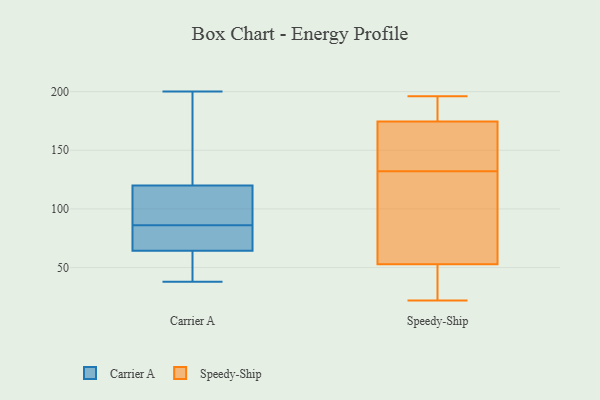
{"axis": {"x": "Population (Million)", "y": "Value"}, "legend": ["Carrier A", "Speedy-Ship"], "data": [{"x": "", "y": 111, "type": "Carrier A"}, {"x": "", "y": 58, "type": "Carrier A"}, {"x": "", "y": 81, "type": "Carrier A"}, {"x": "", "y": 101, "type": "Carrier A"}, {"x": "", "y": 76, "type": "Carrier A"}, {"x": "", "y": 66, "type": "Carrier A"}, {"x": "", "y": 172, "type": "Carrier A"}, {"x": "", "y": 59, "type": "Carrier A"}, {"x": "", "y": 91, "type": "Carrier A"}, {"x": "", "y": 86, "type": "Carrier A"}, {"x": "", "y": 141, "type": "Carrier A"}, {"x": "", "y": 146, "type": "Carrier A"}, {"x": "", "y": 82, "type": "Carrier A"}, {"x": "", "y": 113, "type": "Carrier A"}, {"x": "", "y": 38, "type": "Carrier A"}, {"x": "", "y": 200, "type": "Carrier A"}, {"x": "", "y": 54, "type": "Carrier A"}, {"x": "", "y": 25, "type": "Speedy-Ship"}, {"x": "", "y": 141, "type": "Speedy-Ship"}, {"x": "", "y": 178, "type": "Speedy-Ship"}, {"x": "", "y": 115, "type": "Speedy-Ship"}, {"x": "", "y": 157, "type": "Speedy-Ship"}, {"x": "", "y": 26, "type": "Speedy-Ship"}, {"x": "", "y": 192, "type": "Speedy-Ship"}, {"x": "", "y": 103, "type": "Speedy-Ship"}, {"x": "", "y": 132, "type": "Speedy-Ship"}, {"x": "", "y": 196, "type": "Speedy-Ship"}, {"x": "", "y": 40, "type": "Speedy-Ship"}, {"x": "", "y": 91, "type": "Speedy-Ship"}, {"x": "", "y": 170, "type": "Speedy-Ship"}, {"x": "", "y": 22, "type": "Speedy-Ship"}, {"x": "", "y": 176, "type": "Speedy-Ship"}]}